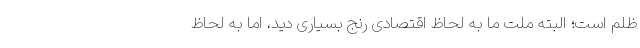
ظلم است؛ البته ملت ما به لحاظ اقتصادی رنج بسیاری دید، اما به لحاظ